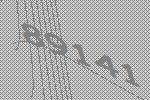
89141